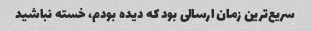
سریع‌ترین زمان ارسالی بود که دیده بودم، خسته نباشید